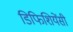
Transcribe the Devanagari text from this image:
डिफिशियेंसी